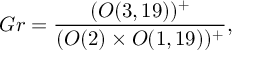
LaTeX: G r = \frac { ( O ( 3 , 1 9 ) ) ^ { + } } { ( O ( 2 ) \times O ( 1 , 1 9 ) ) ^ { + } } ,